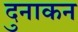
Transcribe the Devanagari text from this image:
दुनाकन